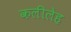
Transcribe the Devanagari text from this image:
कलीलेह